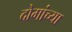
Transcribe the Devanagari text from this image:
दोगांच्या